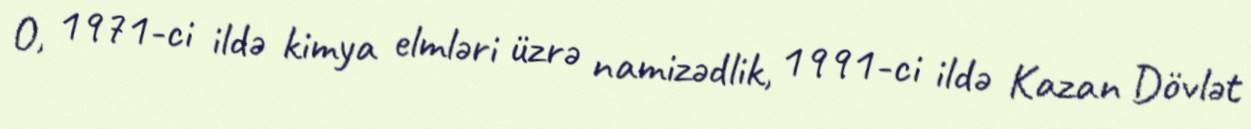
O, 1971-ci ildə kimya elmləri üzrə namizədlik, 1991-ci ildə Kazan Dövlət